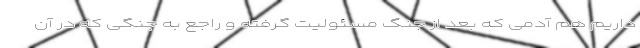
داریم هم آدمی که بعد از جنگ مسئولیت گرفته و راجع به جنگی که در آن